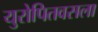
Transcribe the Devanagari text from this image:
युरोपितवसला